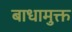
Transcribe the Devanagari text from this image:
बाधामुक्त